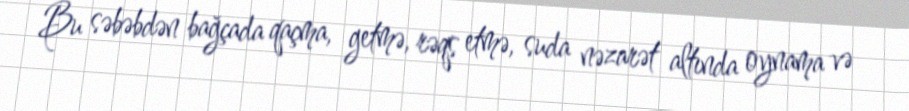
Bu səbəbdən bağçada qaçma, getmə, rəqs etmə, suda nəzarət altında oynama və